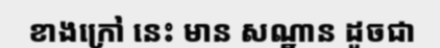
ខាងក្រៅ នេះ មាន សណ្ឋាន ដូចជា